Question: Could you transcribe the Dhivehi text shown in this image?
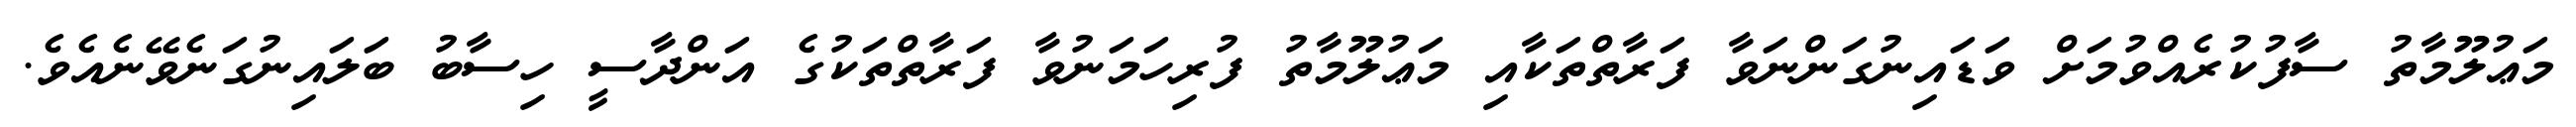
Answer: މަޢުލޫމާތު ސާފުކުރެއްވުމަށް ވަޑައިނުގަންނަވާ ފަރާތްތަކާއި މަޢުލޫމާތު ފުރިހަމަނުވާ ފަރާތްތަކުގެ އަންދާސީ ހިސާބު ބަލައިނުގަނެވޭނެއެވެ.